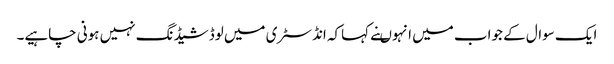
ایک سوال کے جواب میں انہوںنے کہاکہ انڈسٹری میں لوڈشیڈنگ نہیں ہونی چاہیے۔